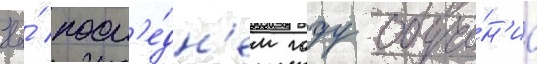
На́ посл'е́дн'ем году обуче́н'иа